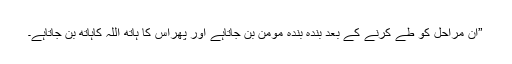
”ان مراحل کو طے کرنے کے بعد بندہ بندۂ مؤمن بن جاتاہے اور پھراس کا ہاتھ اللہ کاہاتھ بن جاتاہے۔